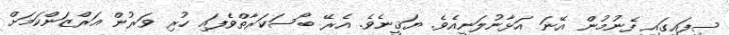
ސިފައިގައި ފެނުމުން އޭނަ އަޅާނުލަނީއެވެ. ޔަޤީނެވެ. އެރޭ ބޯސަކަރާތްވެފައި ހުރި ވަރުން އަރްޒަންކަމަށް